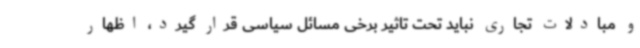
و مبادلات تجاری نباید تحت تاثیر برخی مسائل سیاسی قرار گیرد، اظهار